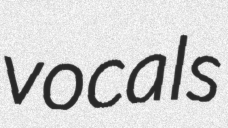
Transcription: vocals